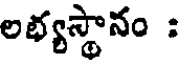
లభ్యస్థానం :